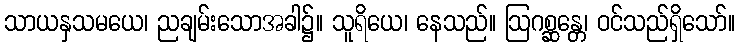
သာယနှသမယေ၊ ညချမ်းသောအခါ၌။ သူရိယေ၊ နေသည်။ ဩဂစ္ဆန္တေ၊ ဝင်သည်ရှိသော်။